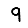
Digit: 9